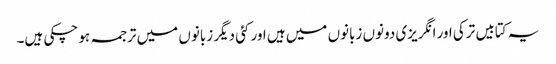
یہ کتابیں ترکی اور انگریزی دونوں زبانوں میں ہیں اور کئی دیگر زبانوں میں ترجمہ ہو چکی ہیں۔